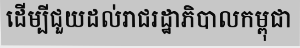
ដើម្បីជួយដល់រាជរដ្ឋាភិបាលកម្ពុជា